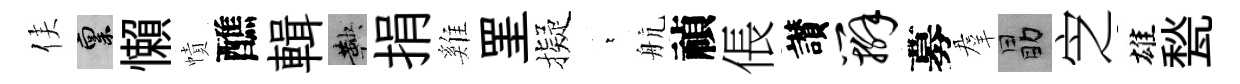
侯禀懶幘醮輯鞅捐雞罣擬萋航禎倀讃辫募羣勗㝎雄甃